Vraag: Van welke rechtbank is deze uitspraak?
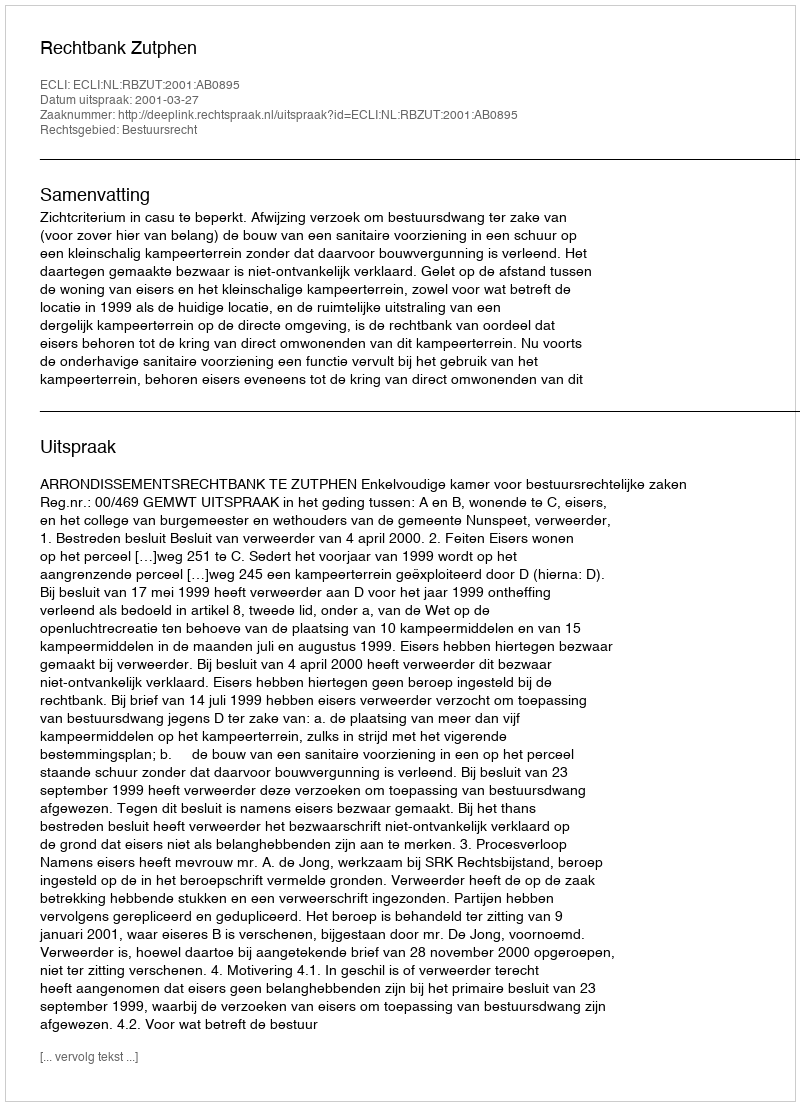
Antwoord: Rechtbank Zutphen